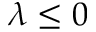
\lambda \leq 0